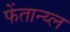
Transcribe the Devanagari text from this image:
फेंतान्य्ल